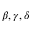
\beta , \gamma , \delta